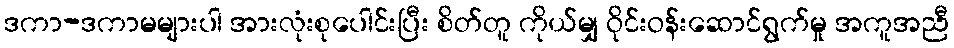
ဒကာ-ဒကာမများပါ အားလုံးစုပေါင်းပြီး စိတ်တူ ကိုယ်မျှ ဝိုင်းဝန်းဆောင်ရွက်မှု အကူအညီ